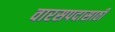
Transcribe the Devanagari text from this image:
वारसपदासाठी